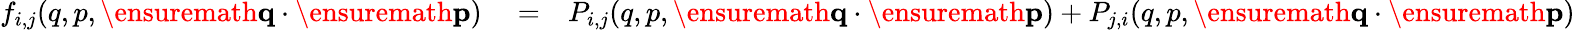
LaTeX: \begin{array}{rlr}{f_{i,j}(q,p,\ensuremath{\mathbf{q}}\cdot\ensuremath{\mathbf{p}})}&{{}=}&{P_{i,j}(q,p,\ensuremath{\mathbf{q}}\cdot\ensuremath{\mathbf{p}})+P_{j,i}(q,p,\ensuremath{\mathbf{q}}\cdot\ensuremath{\mathbf{p}})}\end{array}